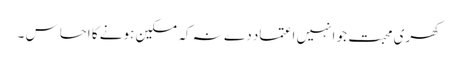
کھری محبت جو انہیں اعتماد دے نہ کہ مسکین ہونے کا احساس ۔